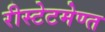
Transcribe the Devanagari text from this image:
रीस्टेटमेण्त